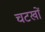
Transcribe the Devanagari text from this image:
चटखों